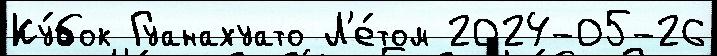
Ку́бок Гуанахуато Л'е́том 2024-05-26